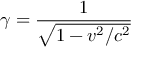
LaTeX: \gamma = { \frac { 1 } { \sqrt { 1 - v ^ { 2 } / c ^ { 2 } } } }